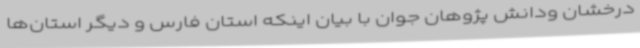
درخشان ودانش پژوهان جوان با بیان اینکه استان فارس و دیگر استان‌ها